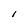
Character: l